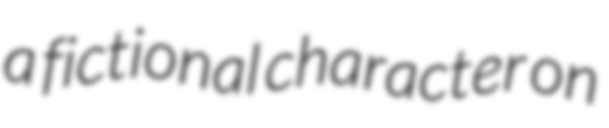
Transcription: a fictional character on